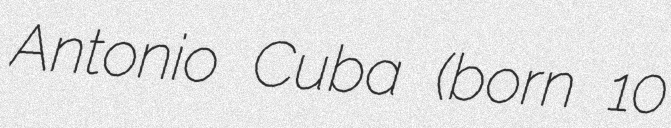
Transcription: Antonio Cuba (born 10